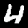
Digit: 4